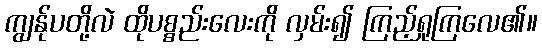
ကျွန်ုပတို့လဲ ထိုပစ္စည်းလေးကို လှမ်း၍ ကြည့်ရှုကြလေ၏။